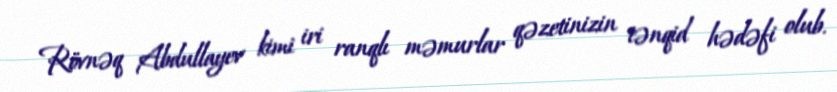
Rövnəq Abdullayev kimi iri ranqlı məmurlar qəzetinizin tənqid hədəfi olub.